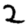
Digit: 2